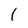
Character: 1